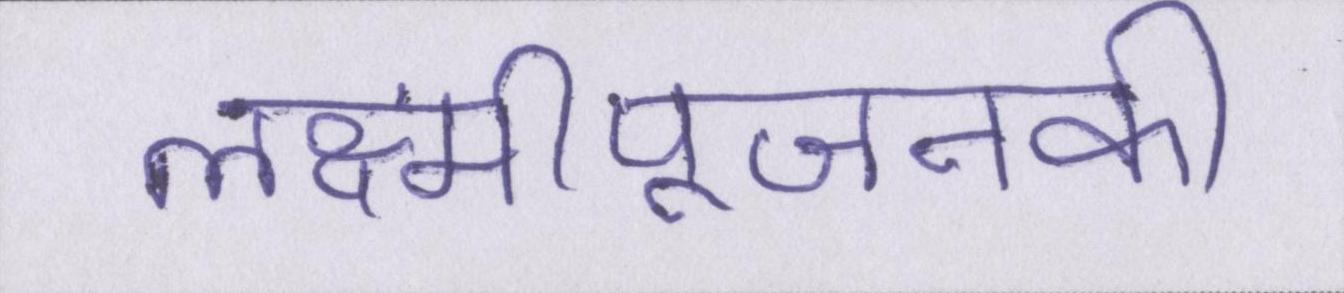
लक्ष्मीपूजनकी